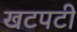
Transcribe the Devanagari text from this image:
खटपटी